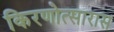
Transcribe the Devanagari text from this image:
किरणोत्सारास